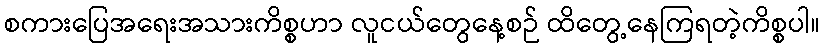
စကားပြေအရေးအသားကိစ္စဟာ လူငယ်တွေနေ့စဉ် ထိတွေ့နေကြရတဲ့ကိစ္စပါ။